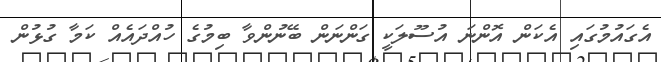
އެގައުމުގައި އެކަން އޮންނަ އުސޫލަކީ ގަންނަން ބޭނުންވާ ބިމުގެ ހުއްދައެއް ކަމާ ގުޅުން